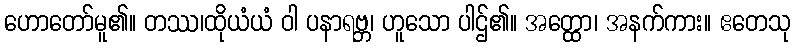
ဟောတော်မူ၏။ တဿ၊ထိုယံယံ ဝါ ပနာရဗ္ဘ၊ ဟူသော ပါဌ်၏။ အတ္ထော၊ အနက်ကား။ ဧတေသု